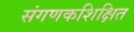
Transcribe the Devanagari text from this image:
संगणकशिक्षित